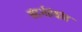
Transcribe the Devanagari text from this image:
संदर्भग्रंथांत